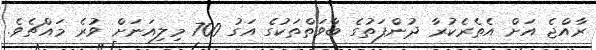
ރާއްޖެ އަށް އެތެރެކުރާ ދުންފަތުގެ ބާވަތްތަކުގެ އަގު 700 މިލިއަނަށް ވުރެ މައްޗެވެ.